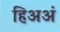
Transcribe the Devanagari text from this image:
हिअअं